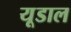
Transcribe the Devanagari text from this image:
यूडाल